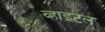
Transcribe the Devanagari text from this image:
व्हाइटल